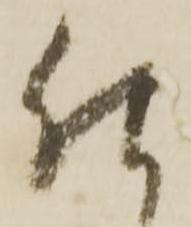
仕